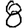
Digit: 8